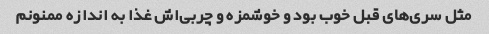
مثل سری‌های قبل خوب بود و خوشمزه و چربی‌اش غذا به اندازه ممنونم